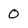
Character: 0